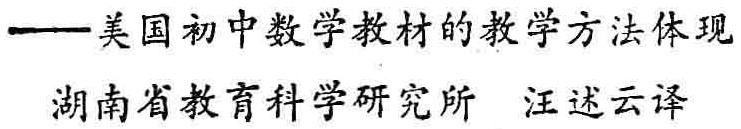
——美国初中数学教材的教学方法体现
湖南省教育科学研究所 汪述云译